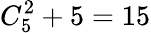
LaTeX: C_{5}^{2}+5=15